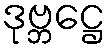
ဒုဗ္ဘဋ္ဌေ